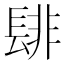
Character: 𮤁